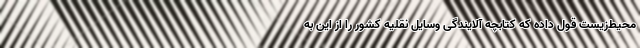
محیط‌زیست قول داده که کتابچه آلایندگی وسایل نقلیه کشور را از این به